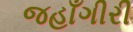
જહાઁગીરી